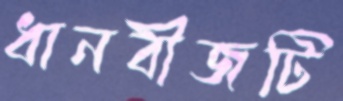
ধানবীজটি